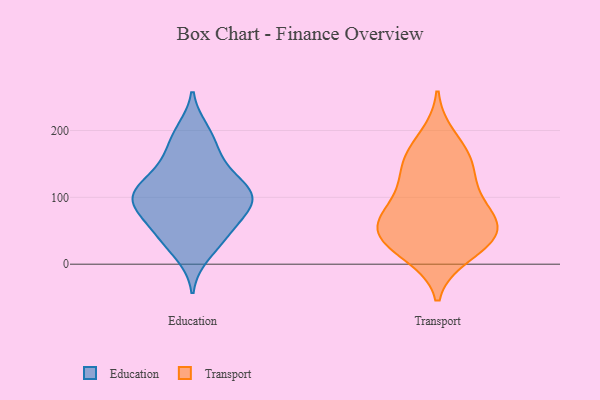
{"axis": {"x": "Shipments", "y": "Value"}, "legend": ["Education", "Transport"], "data": [{"x": "", "y": 190, "type": "Education"}, {"x": "", "y": 87, "type": "Education"}, {"x": "", "y": 150, "type": "Education"}, {"x": "", "y": 38, "type": "Education"}, {"x": "", "y": 40, "type": "Education"}, {"x": "", "y": 135, "type": "Education"}, {"x": "", "y": 80, "type": "Education"}, {"x": "", "y": 90, "type": "Education"}, {"x": "", "y": 200, "type": "Education"}, {"x": "", "y": 104, "type": "Education"}, {"x": "", "y": 14, "type": "Education"}, {"x": "", "y": 70, "type": "Education"}, {"x": "", "y": 52, "type": "Education"}, {"x": "", "y": 112, "type": "Education"}, {"x": "", "y": 102, "type": "Education"}, {"x": "", "y": 165, "type": "Education"}, {"x": "", "y": 111, "type": "Education"}, {"x": "", "y": 110, "type": "Education"}, {"x": "", "y": 20, "type": "Transport"}, {"x": "", "y": 158, "type": "Transport"}, {"x": "", "y": 35, "type": "Transport"}, {"x": "", "y": 53, "type": "Transport"}, {"x": "", "y": 114, "type": "Transport"}, {"x": "", "y": 64, "type": "Transport"}, {"x": "", "y": 154, "type": "Transport"}, {"x": "", "y": 14, "type": "Transport"}, {"x": "", "y": 45, "type": "Transport"}, {"x": "", "y": 63, "type": "Transport"}, {"x": "", "y": 190, "type": "Transport"}, {"x": "", "y": 105, "type": "Transport"}, {"x": "", "y": 149, "type": "Transport"}, {"x": "", "y": 52, "type": "Transport"}, {"x": "", "y": 84, "type": "Transport"}]}